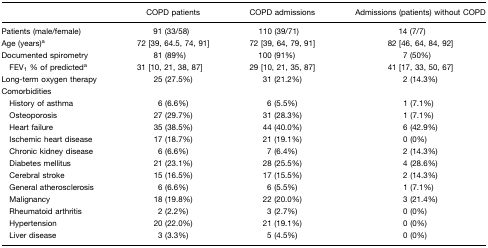
<table><thead><tr><td></td><td><b>COPD patients</b></td><td><b>COPD admissions</b></td><td><b>Admissions (patients) without COPD</b></td></tr></thead><tbody><tr><td>Patients (male/female)</td><td>91 (33/58)</td><td>110 (39/71)</td><td>14 (7/7)</td></tr><tr><td>Age (years)a</td><td>72 [39, 64.5, 74, 91]</td><td>72 [39, 64, 79, 91]</td><td>82 [46, 64, 84, 92]</td></tr><tr><td>Documented spirometry</td><td>81 (89%)</td><td>100 (91%)</td><td>7 (50%)</td></tr><tr><td> FEV<sub>1</sub> % of predicteda</td><td>31 [10, 21, 38, 87]</td><td>29 [10, 21, 35, 87]</td><td>41 [17, 33, 50, 67]</td></tr><tr><td>Long-term oxygen therapy</td><td>25 (27.5%)</td><td>31 (21.2%)</td><td>2 (14.3%)</td></tr><tr><td>Comorbidities</td><td></td><td></td><td></td></tr><tr><td> History of asthma</td><td>6 (6.6%)</td><td>6 (5.5%)</td><td>1 (7.1%)</td></tr><tr><td> Osteoporosis</td><td>27 (29.7%)</td><td>31 (28.3%)</td><td>1 (7.1%)</td></tr><tr><td> Heart failure</td><td>35 (38.5%)</td><td>44 (40.0%)</td><td>6 (42.9%)</td></tr><tr><td> Ischemic heart disease</td><td>17 (18.7%)</td><td>21 (19.1%)</td><td>0 (0%)</td></tr><tr><td> Chronic kidney disease</td><td>6 (6.6%)</td><td>7 (6.4%)</td><td>2 (14.3%)</td></tr><tr><td> Diabetes mellitus</td><td>21 (23.1%)</td><td>28 (25.5%)</td><td>4 (28.6%)</td></tr><tr><td> Cerebral stroke</td><td>15 (16.5%)</td><td>17 (15.5%)</td><td>2 (14.3%)</td></tr><tr><td> General atherosclerosis</td><td>6 (6.6%)</td><td>6 (5.5%)</td><td>1 (7.1%)</td></tr><tr><td> Malignancy</td><td>18 (19.8%)</td><td>22 (20.0%)</td><td>3 (21.4%)</td></tr><tr><td> Rheumatoid arthritis</td><td>2 (2.2%)</td><td>3 (2.7%)</td><td>0 (0%)</td></tr><tr><td> Hypertension</td><td>20 (22.0%)</td><td>21 (19.1%)</td><td>0 (0%)</td></tr><tr><td> Liver disease</td><td>3 (3.3%)</td><td>5 (4.5%)</td><td>0 (0%)</td></tr></tbody></table>